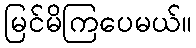
မြင်မိကြပေမယ်။